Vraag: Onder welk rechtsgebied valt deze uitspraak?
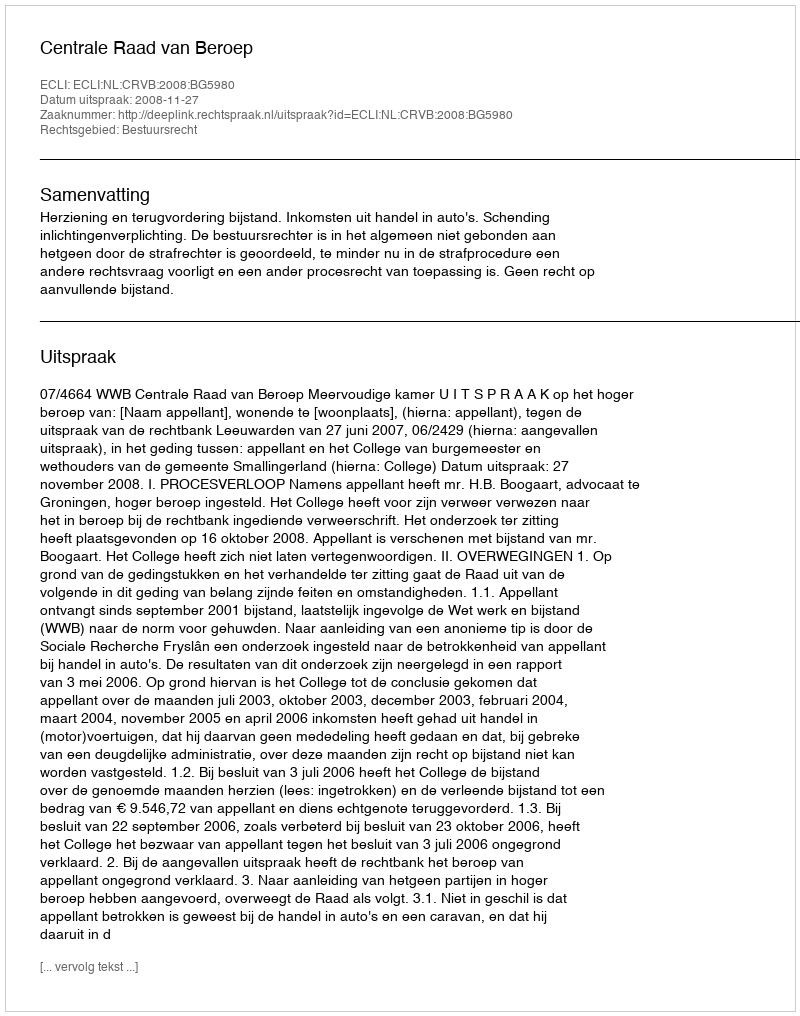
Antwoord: Bestuursrecht